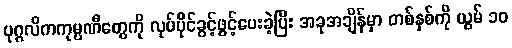
ပုဂ္ဂလိကကုမ္ပဏီတွေကို လုပ်ပိုင်ခွင့်ဖွင့်ပေးခဲ့ပြီး အခုအချိန်မှာ တစ်နှစ်ကို ယွမ် ၁၀